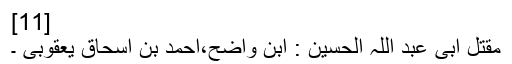
[11]
مقتل ابی عبد اللہ الحسین : ابن واضح،احمد بن اسحاق یعقوبی ۔